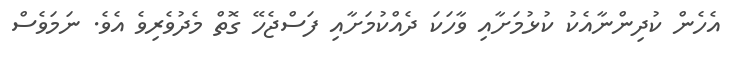
އެހެން ކުދިންނާއެކު ކުޅުމަށާއި ވާހަކަ ދެއްކުމަށާއި ފަސްޖެހޭ ގޮތް މެދުވެރިވެ އެވެ. ނަމަވެސް